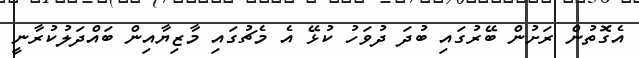
އެގޮތުން ރަށުން ބޭރުގައި ބުދަ ދުވަހު ކުޅޭ އެ މެޗުގައި މާޒިޔާއިން ބައްދަލުކުރާނީ